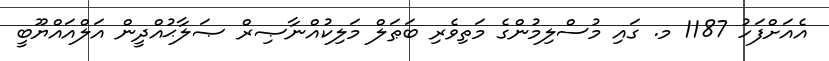
އެއަށްފަހު 1187 މ. ގައި މުސްލިމުންގެ މަތިވެރި ބަޠަލް މަލިކުއްނާޞިރް ޞަލާޙުއްދީން އަލްއައްޔޫބީ